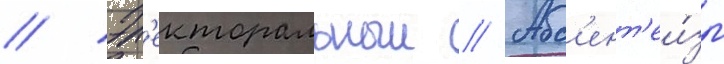
// Эл'екторальныи // Абс'ент'еи́зм